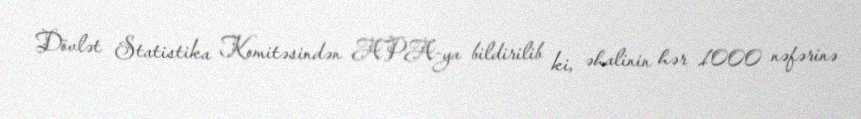
Dövlət Statistika Komitəsindən APA-ya bildirilib ki, əhalinin hər 1000 nəfərinə